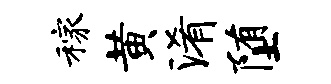
稼黄淆堕